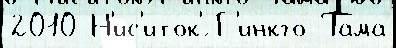
2010 Н'ис'иток'́ Г'инкго Тама